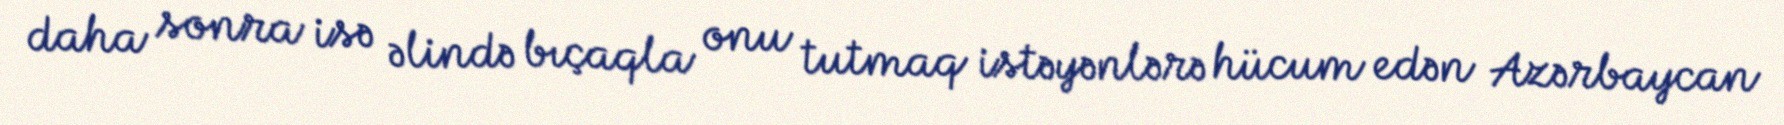
daha sonra isə əlində bıçaqla onu tutmaq istəyənlərə hücum edən Azərbaycan